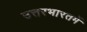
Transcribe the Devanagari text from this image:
उत्तरभारतमें